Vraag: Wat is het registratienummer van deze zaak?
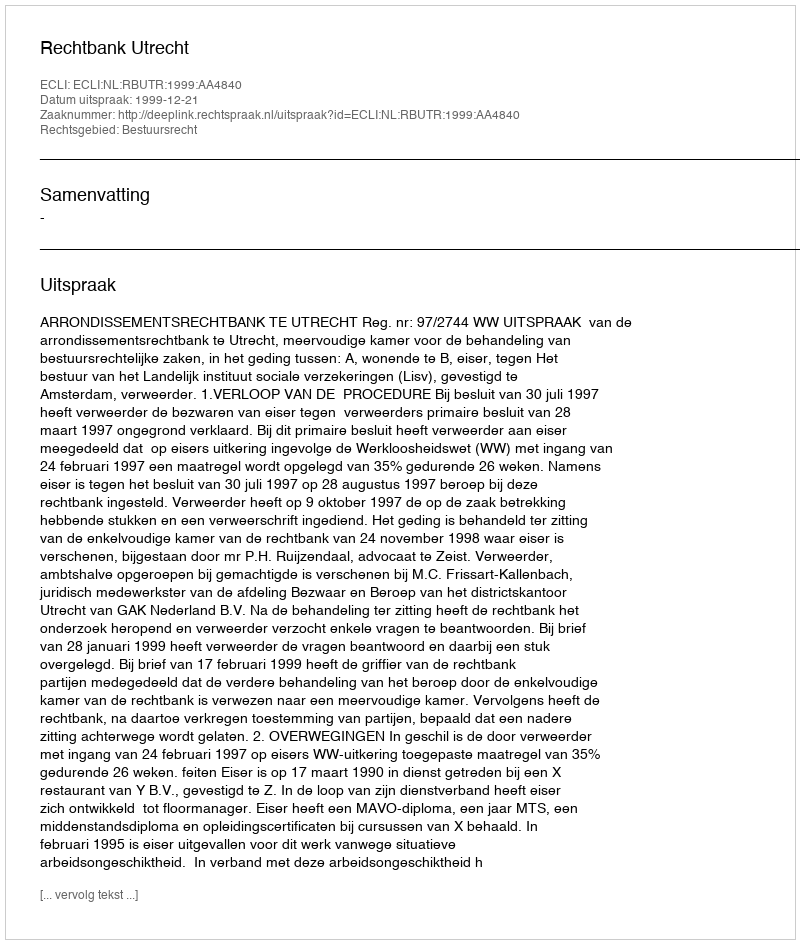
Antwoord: http://deeplink.rechtspraak.nl/uitspraak?id=ECLI:NL:RBUTR:1999:AA4840